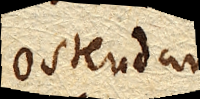
Ostendam